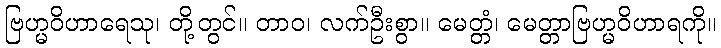
ဗြဟ္မဝိဟာရေသု၊ တို့တွင်။ တာဝ၊ လက်ဦးစွာ။ မေတ္တံ၊ မေတ္တာဗြဟ္မဝိဟာရကို။